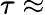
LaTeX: \tau\approx